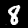
Label: 8